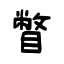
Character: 瞥